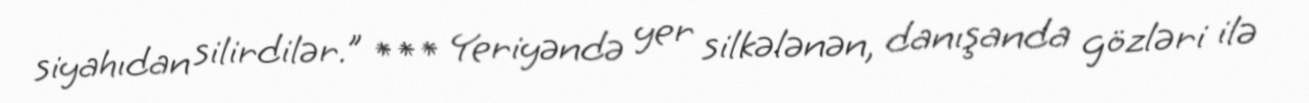
siyahıdan silirdilər.” *** Yeriyəndə yer silkələnən, danışanda gözləri ilə